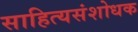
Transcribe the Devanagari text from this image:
साहित्यसंशोधक